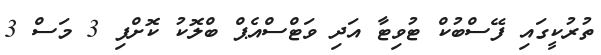
ތުރުކީގައި ފޭސްބުކް ޓުވިޓާ އަދި ވަޓްސްއެޕް ބްލޮކު ކޮށްފި 3 މަސް 3